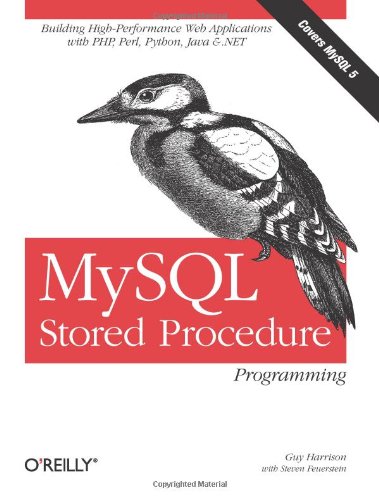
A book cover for MySQL Stored Procedure Programming; Guy Harrison; Computers & Technology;